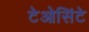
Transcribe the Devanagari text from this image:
टेओसिंटे